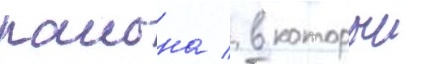
раиона / в которыи